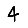
Digit: 4